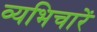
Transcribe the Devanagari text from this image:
व्यभिचारें